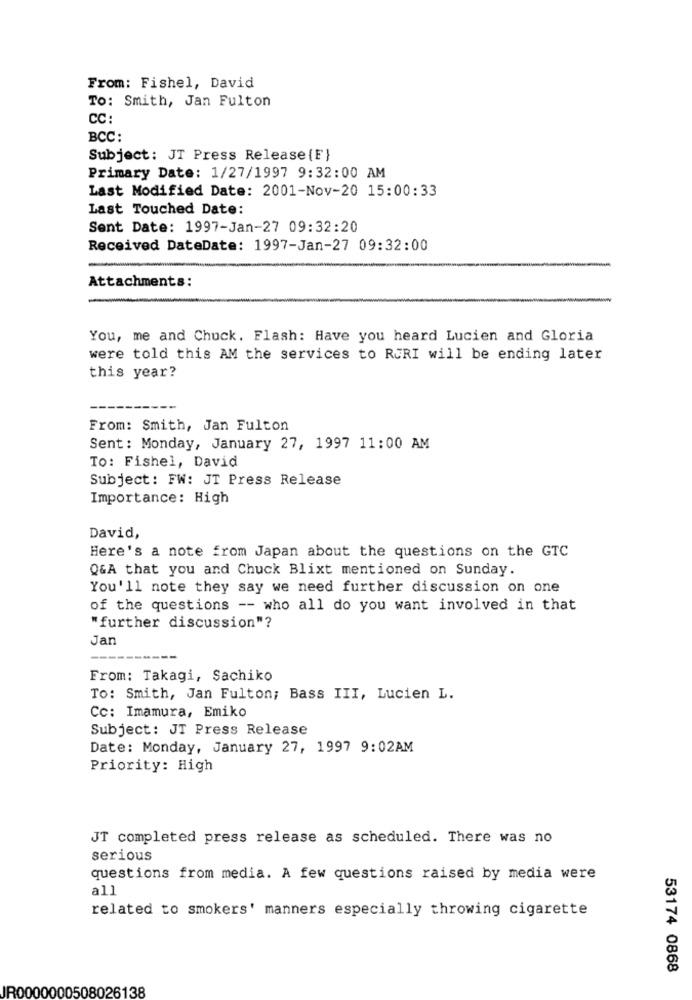
From: Fishel, David
To: Smith, Jan Fulton
CC:
BCC:
Subject: JT Press Release {F}
Primary Date: 1/27/1997 9:32:00 AM
Last Modified Date: 2001-Nov-20 15:00:33
Last Touched Date:
Sent Date: 1997-Jan-27 09:32:20
Received DateDate: 1997-Jan-27 09:32:00
Attachments:
You, me and Chuck, Flash: Have you heard Lucien and Gloria
were told this AM the services to RURI will be ending later
this year?
From: Smith, Jan Fulton
Sent: Monday, January 27, 1997 11:00 AM
To: Fishel, David
Subject: FW: JT Press Release
Importance: High
David,
Here's a note from Japan about the questions on the GTC
Q&A that you and Chuck Blixt mentioned on Sunday.
You'll note they say we need further discussion on one
of the questions -- who all do you want involved in that
"further discussion"?
Jan
From: Takagi, Sachiko
To: Smith, Jan Fulton; Bass III, Lucien L.
Cc: Imamura, Emiko
Subject: JT Press Release
Date: Monday, January 27, 1997 9:02AM
Priority: High
JT completed press release as scheduled. There was no
serious
questions from media. A few questions raised by media were
all
related to smokers' manners especially throwing cigarette
53174 0868
IR0000000508026138